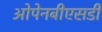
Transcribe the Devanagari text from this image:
ओपेनबीएसडी